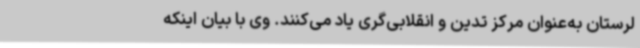
لرستان به‌عنوان مرکز تدین و انقلابی‌گری یاد می‌کنند. وی با بیان اینکه